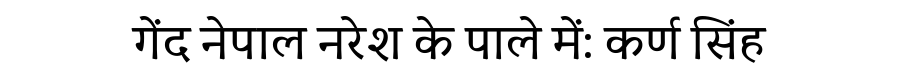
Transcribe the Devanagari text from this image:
गेंद नेपाल नरेश के पाले में: कर्ण सिंह